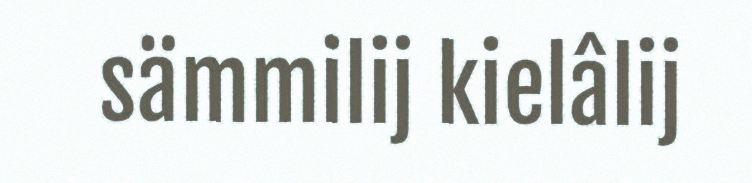
sämmilij kielâlij